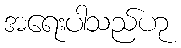
အရေးပါသည်ဟု